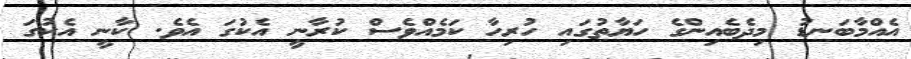
އެއްމާބަނޑު މިދެބެއިންގެ ހަޔާތުގައި ހުރިހާ ކަމެއްވެސް ކުރާނީ އެކުގަ އެވެ. ކާނީ އެކުގަ